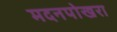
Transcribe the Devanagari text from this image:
मदनपोखरा